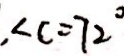
, \angle C = 7 2 ^ { \circ }